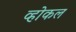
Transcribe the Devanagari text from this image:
व्होकल